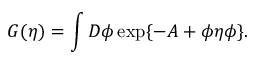
G ( \eta ) = \int D \phi \exp \{ - A + \phi \eta \phi \} .